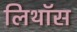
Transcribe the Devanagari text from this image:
लिथॉस